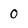
Character: O